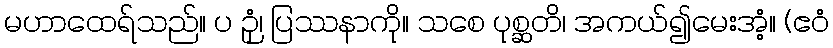
မဟာထေရ်သည်။ ပ ဉှံ၊ ပြဿနာကို။ သစေ ပုစ္ဆတိ၊ အကယ်၍မေးအံ့။ (ဧဝံ